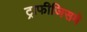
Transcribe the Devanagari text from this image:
ट्राफीजिसमे